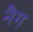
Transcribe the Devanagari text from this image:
नैग